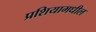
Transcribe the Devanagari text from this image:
प्रशियामधील